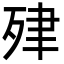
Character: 肂